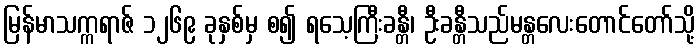
မြန်မာသက္ကရာဇ် ၁၂၆၉ ခုနှစ်မှ စ၍ ရသေ့ကြီးခန္တီ၊ ဦးခန္တီသည်မန္တလေးတောင်တော်သို့